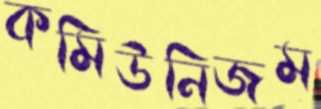
কমিউনিজম